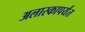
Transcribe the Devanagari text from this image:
अलास्कापर्यंत